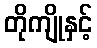
တိုကျိုနှင့်